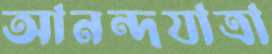
আনন্দযাত্রা